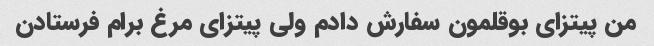
من پیتزای بوقلمون سفارش دادم ولی پیتزای مرغ برام فرستادن